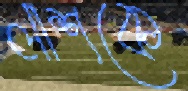
লাশকে